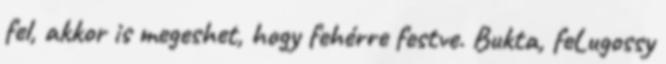
fel, akkor is megeshet, hogy fehérre festve. Bukta, feLugossy